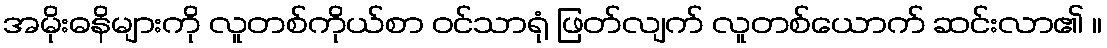
အမိုးဓနိများကို လူတစ်ကိုယ်စာ ဝင်သာရုံ ဖြတ်လျက် လူတစ်ယောက် ဆင်းလာ၏ ။